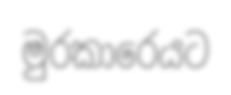
මුරකාරෙයට